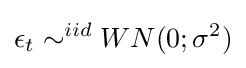
\epsilon _{t}\sim ^{iid}WN(0;\sigma ^{2})